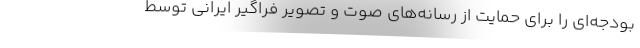
بودجه‌ای را برای حمایت از رسانه‌های صوت و تصویر فراگیر ایرانی توسط